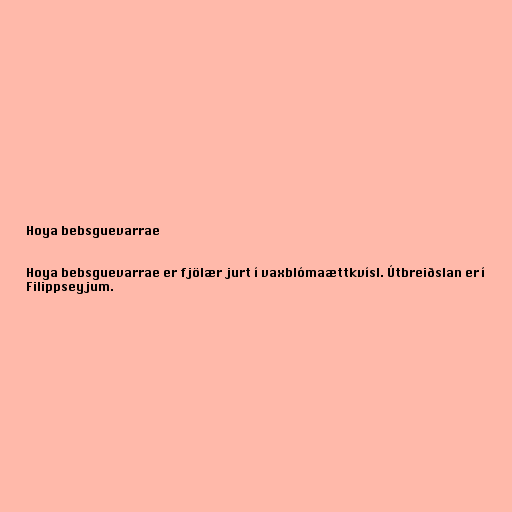
Hoya bebsguevarrae

Hoya bebsguevarrae er fjölær jurt í vaxblómaættkvísl. Útbreiðslan er í
Filippseyjum.